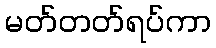
မတ်တတ်ရပ်ကာ